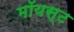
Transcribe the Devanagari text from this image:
मॉयस्ट